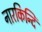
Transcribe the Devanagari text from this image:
नारकिन्दि